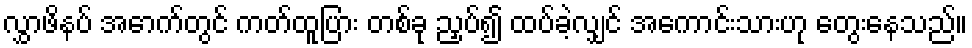
လွှာဖိနပ် အောက်တွင် ကတ်ထူပြား တစ်ခု ညှပ်၍ ထပ်ခဲ့လျှင် အကောင်းသားဟု တွေးနေသည်။